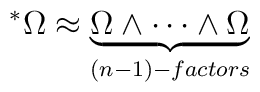
^\ast \Omega \approx \underbrace{\Omega \wedge \cdots \wedge\Omega}_{(n-1)- factors}